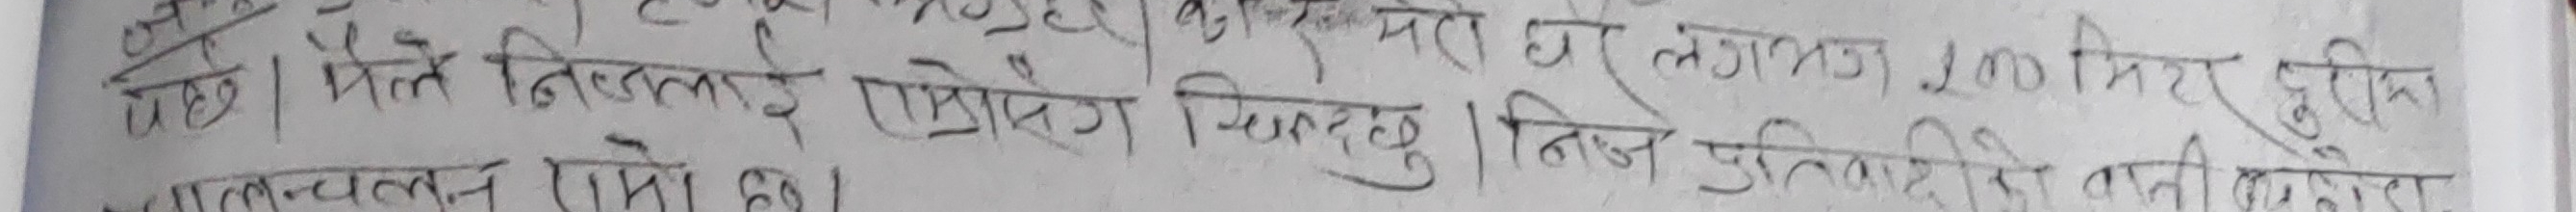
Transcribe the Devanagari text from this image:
पेछ । मैले निजलाई राम्रोसँग चिन्दछु । निजे प्रतिवादी दूरीमा
करमरो घर लगभग २०० मिटर